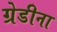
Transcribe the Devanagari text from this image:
ग्रेडीना